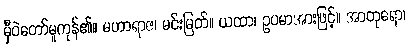
မှီဝဲတော်မူကုန်၏။ မဟာရာဇ၊ မင်းမြတ်။ ယထာ၊ ဥပမာအားဖြင့်။ အာတုရော၊